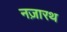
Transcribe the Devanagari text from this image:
नज़ारथ